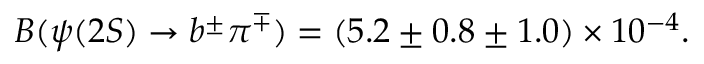
B ( \psi ( 2 S ) \rightarrow b ^ { \pm } \pi ^ { \mp } ) = ( 5 . 2 \pm 0 . 8 \pm 1 . 0 ) \times 1 0 ^ { - 4 } .